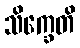
သိက္ခေတိ